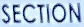
SECTION